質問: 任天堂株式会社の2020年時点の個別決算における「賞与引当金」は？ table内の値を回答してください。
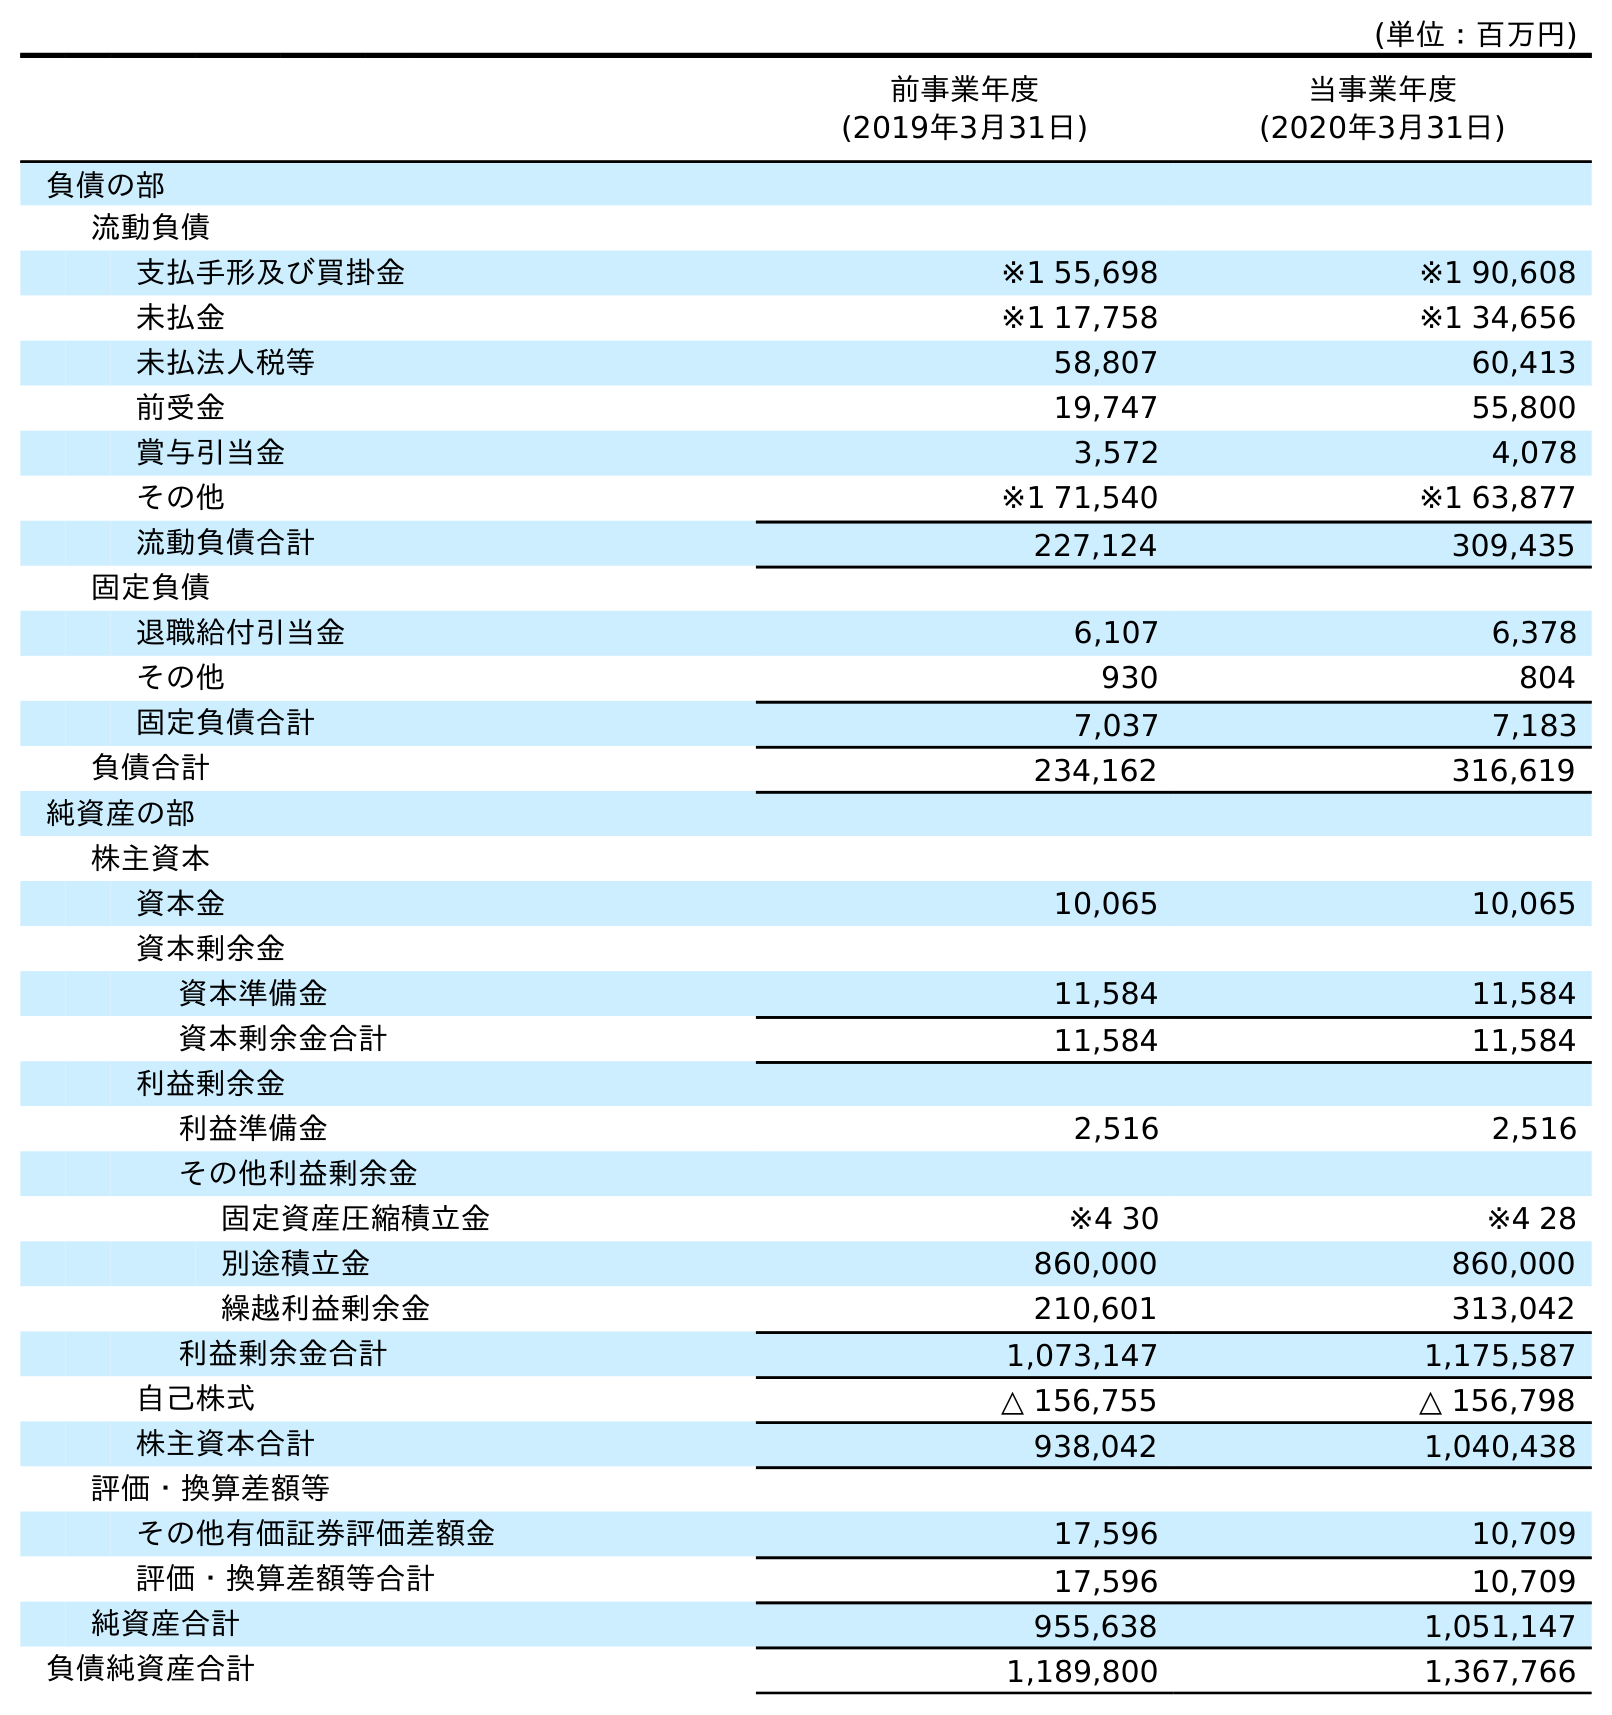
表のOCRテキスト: (単位：百万円) 前事業年度 (2019年3月31日) 当事業年度 (2020年3月31日) 負債の部 流動負債 支払手形及び買掛金 ※1 55,698 ※1 90,608 未払金 ※1 17,758 ※1 34,656 未払法人税等 58,807 60,413 前受金 19,747 55,800 賞与引当金 3,572 4,078 その他 ※1 71,540 ※1 63,877 流動負債合計 227,124 309,435 固定負債 退職給付引当金 6,107 6,378 その他 930 804 固定負債合計 7,037 7,183 負債合計 234,162 316,619 純資産の部 株主資本 資本金 10,065 10,065 資本剰余金 資本準備金 11,584 11,584 資本剰余金合計 11,584 11,584 利益剰余金 利益準備金 2,516 2,516 その他利益剰余金 固定資産圧縮積立金 ※4 30 ※4 28 別途積立金 860,000 860,000 繰越利益剰余金 210,601 313,042 利益剰余金合計 1,073,147 1,175,587 自己株式 △ 156,755 △ 156,798 株主資本合計 938,042 1,040,438 評価・換算差額等 その他有価証券評価差額金 17,596 10,709 評価・換算差額等合計 17,596 10,709 純資産合計 955,638 1,051,147 負債純資産合計 1,189,800 1,367,766
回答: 4,078